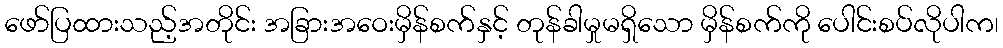
ဖော်ပြထားသည့်အတိုင်း အခြားအဝေးမှိန်စက်နှင့် တုန်ခါမှုမရှိသော မှိန်စက်ကို ပေါင်းစပ်လိုပါက၊